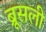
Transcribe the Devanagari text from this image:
ब्रूसली